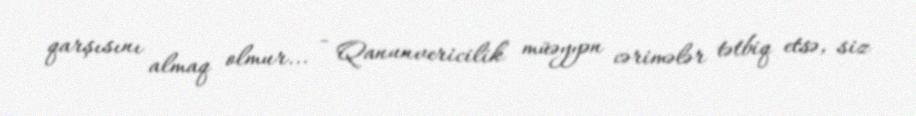
qarşısını almaq olmur... - Qanunvericilik müəyyən cərimələr tətbiq etsə, siz